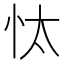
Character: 忲